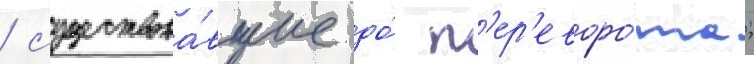
/ существова́вшие до́ п'ер'еворо́та;